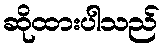
ဆိုထားပါသည်